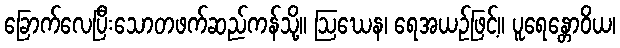
ခြောက်လေပြီးသောတဖက်ဆည်ကန်သို့။ ဩဃေန၊ ရေအယဉ်ဖြင့်။ ပူရေန္တောဝိယ၊